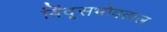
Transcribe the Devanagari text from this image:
बिंदूसभोवताल